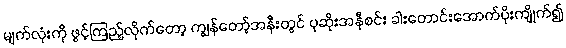
မျက်လုံးကို ဖွင့်ကြည့်လိုက်တော့ ကျွန်တော့်အနီးတွင် ပုဆိုးအနီစင်း ခါးတောင်းအောက်ပိုးကျိုက်၍